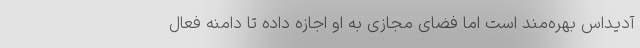
آدیداس بهره‌مند است اما فضای مجازی به او اجازه داده تا دامنه فعال